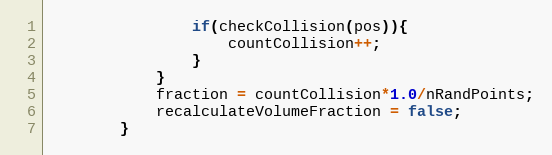
Language: Java
				if(checkCollision(pos)){
					countCollision++;
				}
			}
			fraction = countCollision*1.0/nRandPoints;
			recalculateVolumeFraction = false;
		}